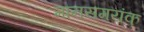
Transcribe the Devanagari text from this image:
मानसमयंक